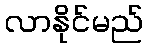
လာနိုင်မည်